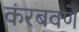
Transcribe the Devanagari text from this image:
कंरबवणे